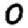
Digit: 0